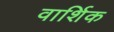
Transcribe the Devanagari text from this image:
वार्शिक